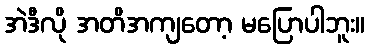
အဲဒီလို အတိအကျတော့ မပြောပါဘူး။